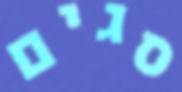
סגים